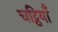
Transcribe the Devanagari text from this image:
चट्ठियाँ